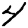
Digit: 4